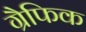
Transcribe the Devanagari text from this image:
ग्रैफिक